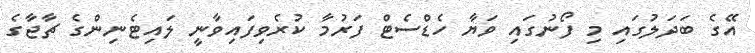
އޭގެ ބަދަލުގައި މި ފޯނުގައި ވަޔާ ހެޑްސެޓް ފަރުމާ ކުރެވިފައިވާނީ ލައިޓެނިންގެ ޗާޖާގެ